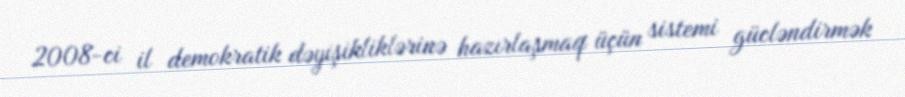
2008-ci il demokratik dəyişikliklərinə hazırlaşmaq üçün sistemi gücləndirmək